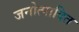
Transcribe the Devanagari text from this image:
जनोत्पादित